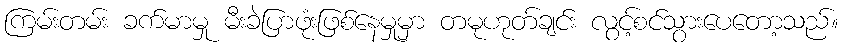
ကြမ်းတမ်း ခက်မာမှု မီးခဲပြာဖုံးဖြစ်နေမှုမှာ တမုဟုတ်ချင်း လွင့်စင်သွားပေတော့သည်။